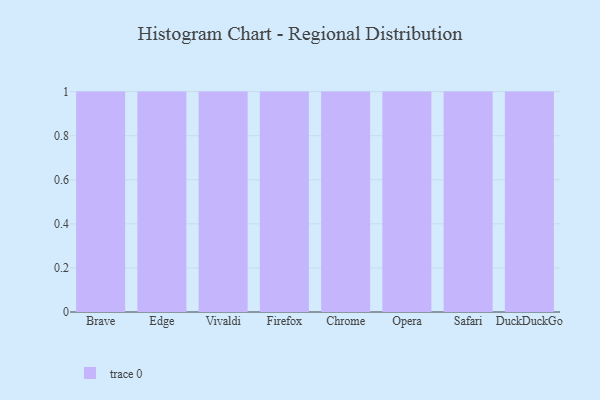
{"axis": {"x": "Browser", "y": "Gross Profit (USD K)"}, "legend": [""], "data": [{"x": "Brave", "y": 99, "type": ""}, {"x": "Edge", "y": 86, "type": ""}, {"x": "Vivaldi", "y": 21, "type": ""}, {"x": "Firefox", "y": 85, "type": ""}, {"x": "Chrome", "y": 20, "type": ""}, {"x": "Opera", "y": 72, "type": ""}, {"x": "Safari", "y": 54, "type": ""}, {"x": "DuckDuckGo", "y": 41, "type": ""}]}